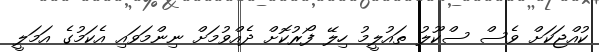
ކުއްޖަކަށް ވެސް ސްކޫލު ތައުލީމު ހިލޭ ފޯރުކޮށް ދެއްވުމަށް ނިންމަވައި އެކަމުގެ އަމަލީ